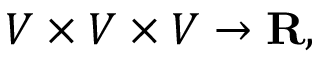
V \times V \times V \to \mathbf { R } ,